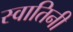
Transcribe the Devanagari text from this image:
स्वातिनी